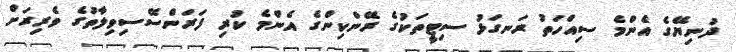
ދުނިޔޭގެ އެންމެ ސިއްހަތު ރަނގަޅު ސިޓީތަކުގެ ރޭންކިންގެ އެންމެ ކުރި ފަރަންސޭސިވިލާތުގެ ވެރިރަށް